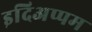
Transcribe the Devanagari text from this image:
इदिअप्पम